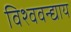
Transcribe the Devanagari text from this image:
विश्ववन्द्याय